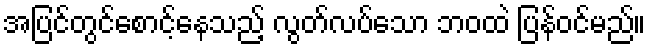
အပြင်တွင်စောင့်နေသည့် လွတ်လပ်သော ဘဝထဲ ပြန်ဝင်မည်။